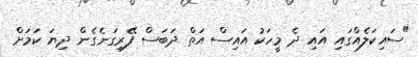
"ސައިކަލެއްގައި އައި ދެ މީހަކު އައިސް އަތް ދަބަސް ފޭރިގަނެގެން ދިޔަ ކަމަށް